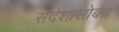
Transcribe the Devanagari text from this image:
संदेशासोबत